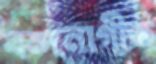
বন্দনাগীত